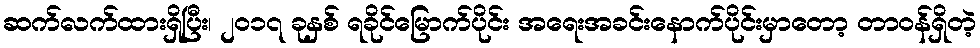
ဆက်လက်ထားရှိပြီး၊ ၂၀၁၇ ခုနှစ် ရခိုင်မြောက်ပိုင်း အရေးအခင်းနောက်ပိုင်းမှာတော့ တာဝန်ရှိတဲ့